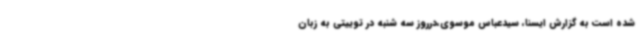
شده است به گزارش ایسنا، سیدعباس موسوی،درروز سه شنبه در توییتی به زبان